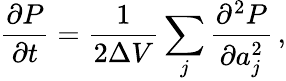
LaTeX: \frac{\partial P}{\partial t}=\frac{1}{2\Delta V}\sum_{j}\frac{\partial^{2}P}{\partial a_{j}^{2}}\, ,